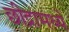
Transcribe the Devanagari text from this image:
छीद्रामध्ये